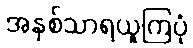
အနှစ်သာရယူကြပုံ